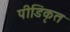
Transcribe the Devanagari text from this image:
पीडिकृत